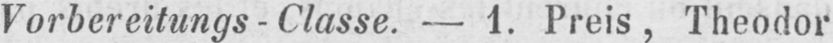
Vorbereitungs-Classe. - 1. Preis, Theodor